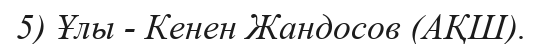
5) Ұлы - Кенен Жандосов (АҚШ).